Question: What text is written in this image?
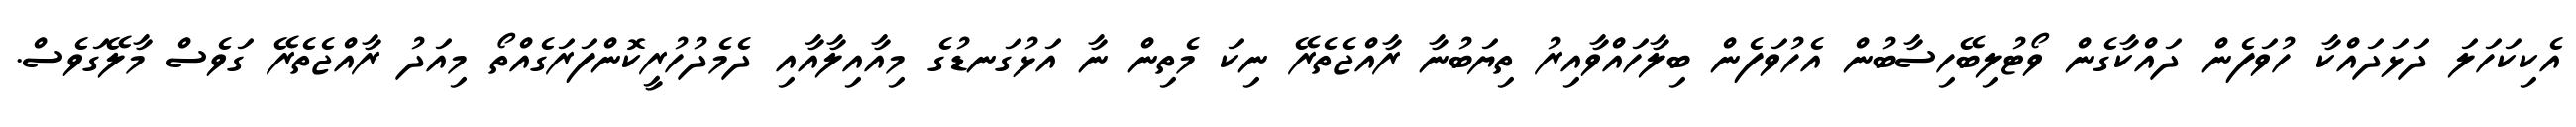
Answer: އެކިކަހަލަ ދަޅަދައްކާ ހުވަފެން ދައްކާގެން ވޯޓުލިބޭހިސާބުން އެހުވަފެން ބިލާހައްވާއިރު ތިޔަބުނާ ރާއްޖެތެރޭ ނިކަ މެތިން ނާ އަޅުގަނޑުގެ މިއާއިލާއާއި ދެމެދުހުރީކޮންފަރަގެއްތޯ މިއަދު ރާއްޖެތެރޭ ގަވެސް މާލޭގަވެސް.